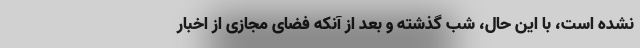
نشده است، با این حال، شب گذشته و بعد از آنکه فضای مجازی از اخبار